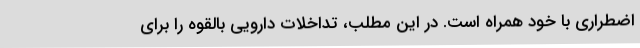
اضطراری با خود همراه است. در این مطلب، تداخلات دارویی بالقوه را برای